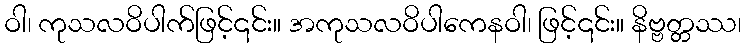
ဝါ၊ ကုသလဝိပါက်ဖြင့်၎င်း။ အကုသလဝိပါကေနဝါ၊ ဖြင့်၎င်း။ နိဗ္ဗတ္တဿ၊